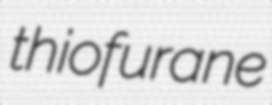
thiofurane